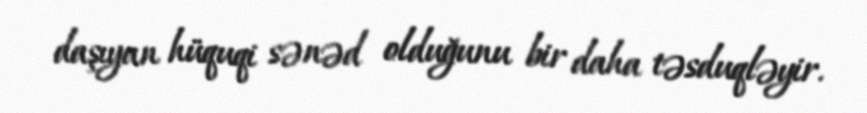
daşıyan hüquqi sənəd olduğunu bir daha təsduqləyir.